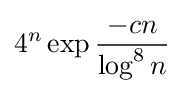
\displaystyle 4^{n}\exp {\frac {-cn}{\log ^{8}n}}